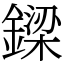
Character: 𨫟